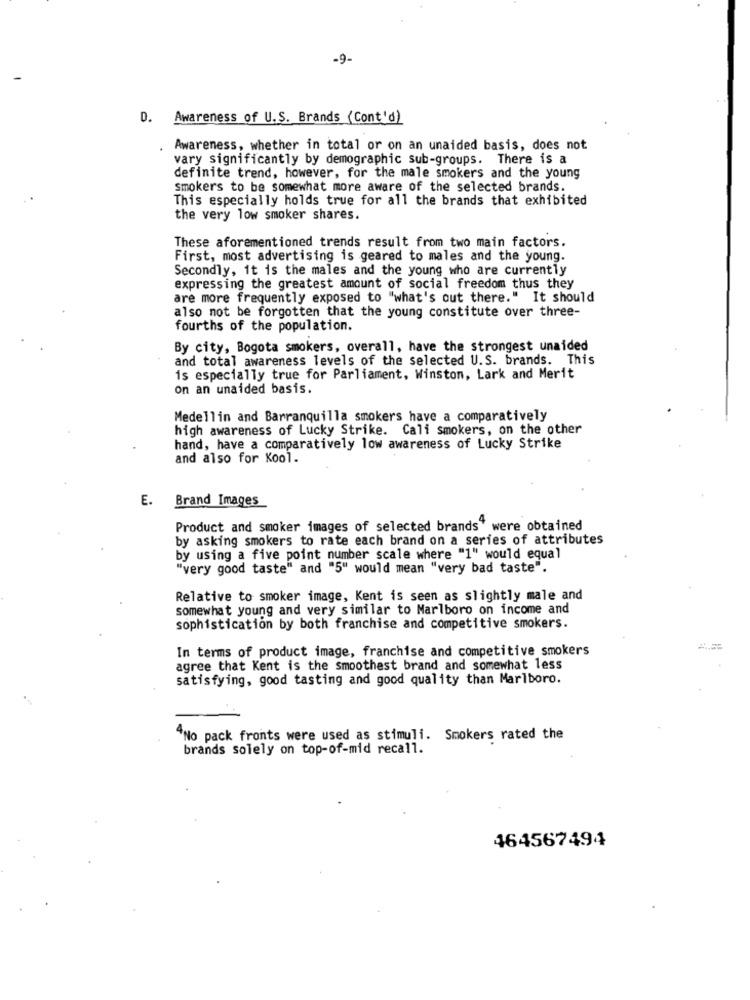
-9-
D. Awareness of U.S. Brands (Cont'd)
Awareness, whether in total or on an unaided basis, does not
vary significantly by demographic sub-groups. There is a
definite trend, however, for the male smokers and the young
smokers to be somewhat more aware of the selected brands.
This especially holds true for all the brands that exhibited
the very low smoker shares.
These aforementioned trends result from two main factors.
First, most advertising is geared to males and the young.
Secondly, it is the males and the young who are currently
expressing the greatest amount of social freedom thus they
are more frequently exposed to "what's out there." It should
also not be forgotten that the young constitute over three-
fourths of the population.
By city, Bogota smokers, overall, have the strongest unaided
and total awareness levels of the selected U.S. brands. This
is especially true for Parliament, Winston, Lark and Merit
on an unaided basis.
Medellin and Barranquilla smokers have a comparatively
high awareness of Lucky Strike. Cali smokers, on the other
hand, have a comparatively low awareness of Lucky Strike
and also for Kool.
E.
Brand Images
Product and smoker images of selected brands" were obtained
by asking smokers to rate each brand on a series of attributes
by using a five point number scale where "1" would equal
"very good taste" and "5" would mean "very bad taste".
Relative to smoker image, Kent is seen as slightly male and
somewhat young and very similar to Marlboro on income and
sophistication by both franchise and competitive smokers.
In terms of product image, franchise and competitive smokers
agree that Kent is the smoothest brand and somewhat less
satisfying, good tasting and good quality than Marlboro.
"No pack fronts were used as stimuli. Smokers rated the
brands solely on top-of-mid recall.
464567494